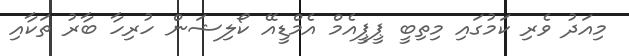
މިއަދު ވެރި ކަމުގައި މިތިބީ ޕީޕީއެމް އެމްޑީއޭ ކޯލިޝަން ހުރިހާ ބާރު ތަކާއި